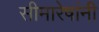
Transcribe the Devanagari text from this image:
सीमारेषांनी